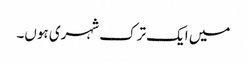
میں ایک ترک شہری ہوں۔